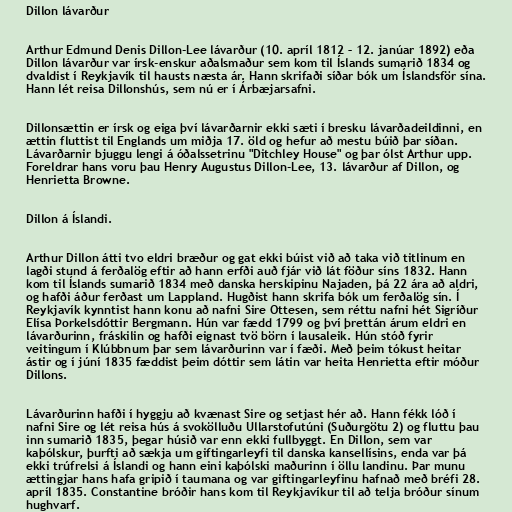
Dillon lávarður

Arthur Edmund Denis Dillon-Lee lávarður (10. apríl 1812 – 12. janúar 1892) eða
Dillon lávarður var írsk-enskur aðalsmaður sem kom til Íslands sumarið 1834 og
dvaldist í Reykjavík til hausts næsta ár. Hann skrifaði síðar bók um Íslandsför sína.
Hann lét reisa Dillonshús, sem nú er í Árbæjarsafni.

Dillonsættin er írsk og eiga því lávarðarnir ekki sæti í bresku lávarðadeildinni, en
ættin fluttist til Englands um miðja 17. öld og hefur að mestu búið þar síðan.
Lávarðarnir bjuggu lengi á óðalssetrinu "Ditchley House" og þar ólst Arthur upp.
Foreldrar hans voru þau Henry Augustus Dillon-Lee, 13. lávarður af Dillon, og
Henrietta Browne.

Dillon á Íslandi.

Arthur Dillon átti tvo eldri bræður og gat ekki búist við að taka við titlinum en
lagði stund á ferðalög eftir að hann erfði auð fjár við lát föður síns 1832. Hann
kom til Íslands sumarið 1834 með danska herskipinu Najaden, þá 22 ára að aldri,
og hafði áður ferðast um Lappland. Hugðist hann skrifa bók um ferðalög sín. Í
Reykjavík kynntist hann konu að nafni Sire Ottesen, sem réttu nafni hét Sigríður
Elísa Þorkelsdóttir Bergmann. Hún var fædd 1799 og því þrettán árum eldri en
lávarðurinn, fráskilin og hafði eignast tvö börn í lausaleik. Hún stóð fyrir
veitingum í Klúbbnum þar sem lávarðurinn var í fæði. Með þeim tókust heitar
ástir og í júní 1835 fæddist þeim dóttir sem látin var heita Henrietta eftir móður
Dillons.

Lávarðurinn hafði í hyggju að kvænast Sire og setjast hér að. Hann fékk lóð í
nafni Sire og lét reisa hús á svokölluðu Ullarstofutúni (Suðurgötu 2) og fluttu þau
inn sumarið 1835, þegar húsið var enn ekki fullbyggt. En Dillon, sem var
kaþólskur, þurfti að sækja um giftingarleyfi til danska kansellísins, enda var þá
ekki trúfrelsi á Íslandi og hann eini kaþólski maðurinn í öllu landinu. Þar munu
ættingjar hans hafa gripið í taumana og var giftingarleyfinu hafnað með bréfi 28.
apríl 1835. Constantine bróðir hans kom til Reykjavíkur til að telja bróður sínum
hughvarf.